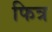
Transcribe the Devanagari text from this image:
फित्र